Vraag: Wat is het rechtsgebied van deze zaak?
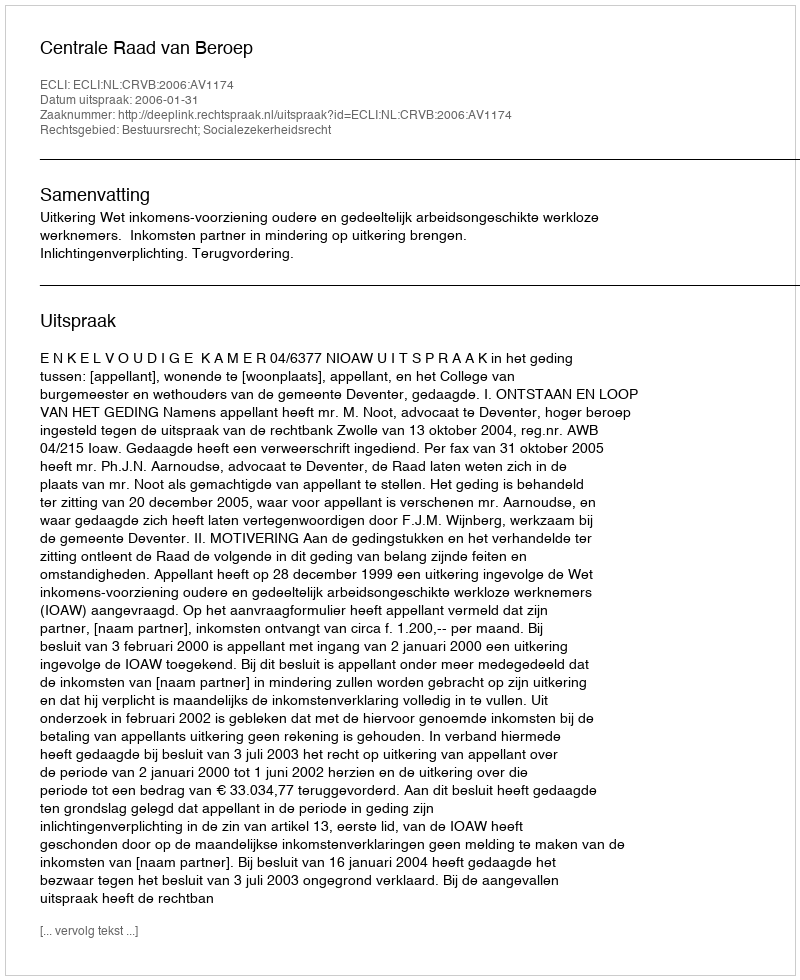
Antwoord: Bestuursrecht; Socialezekerheidsrecht